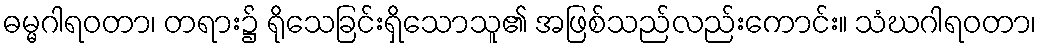
ဓမ္မဂါရဝတာ၊ တရား၌ ရိုသေခြင်းရှိသောသူ၏ အဖြစ်သည်လည်းကောင်း။ သံဃဂါရဝတာ၊